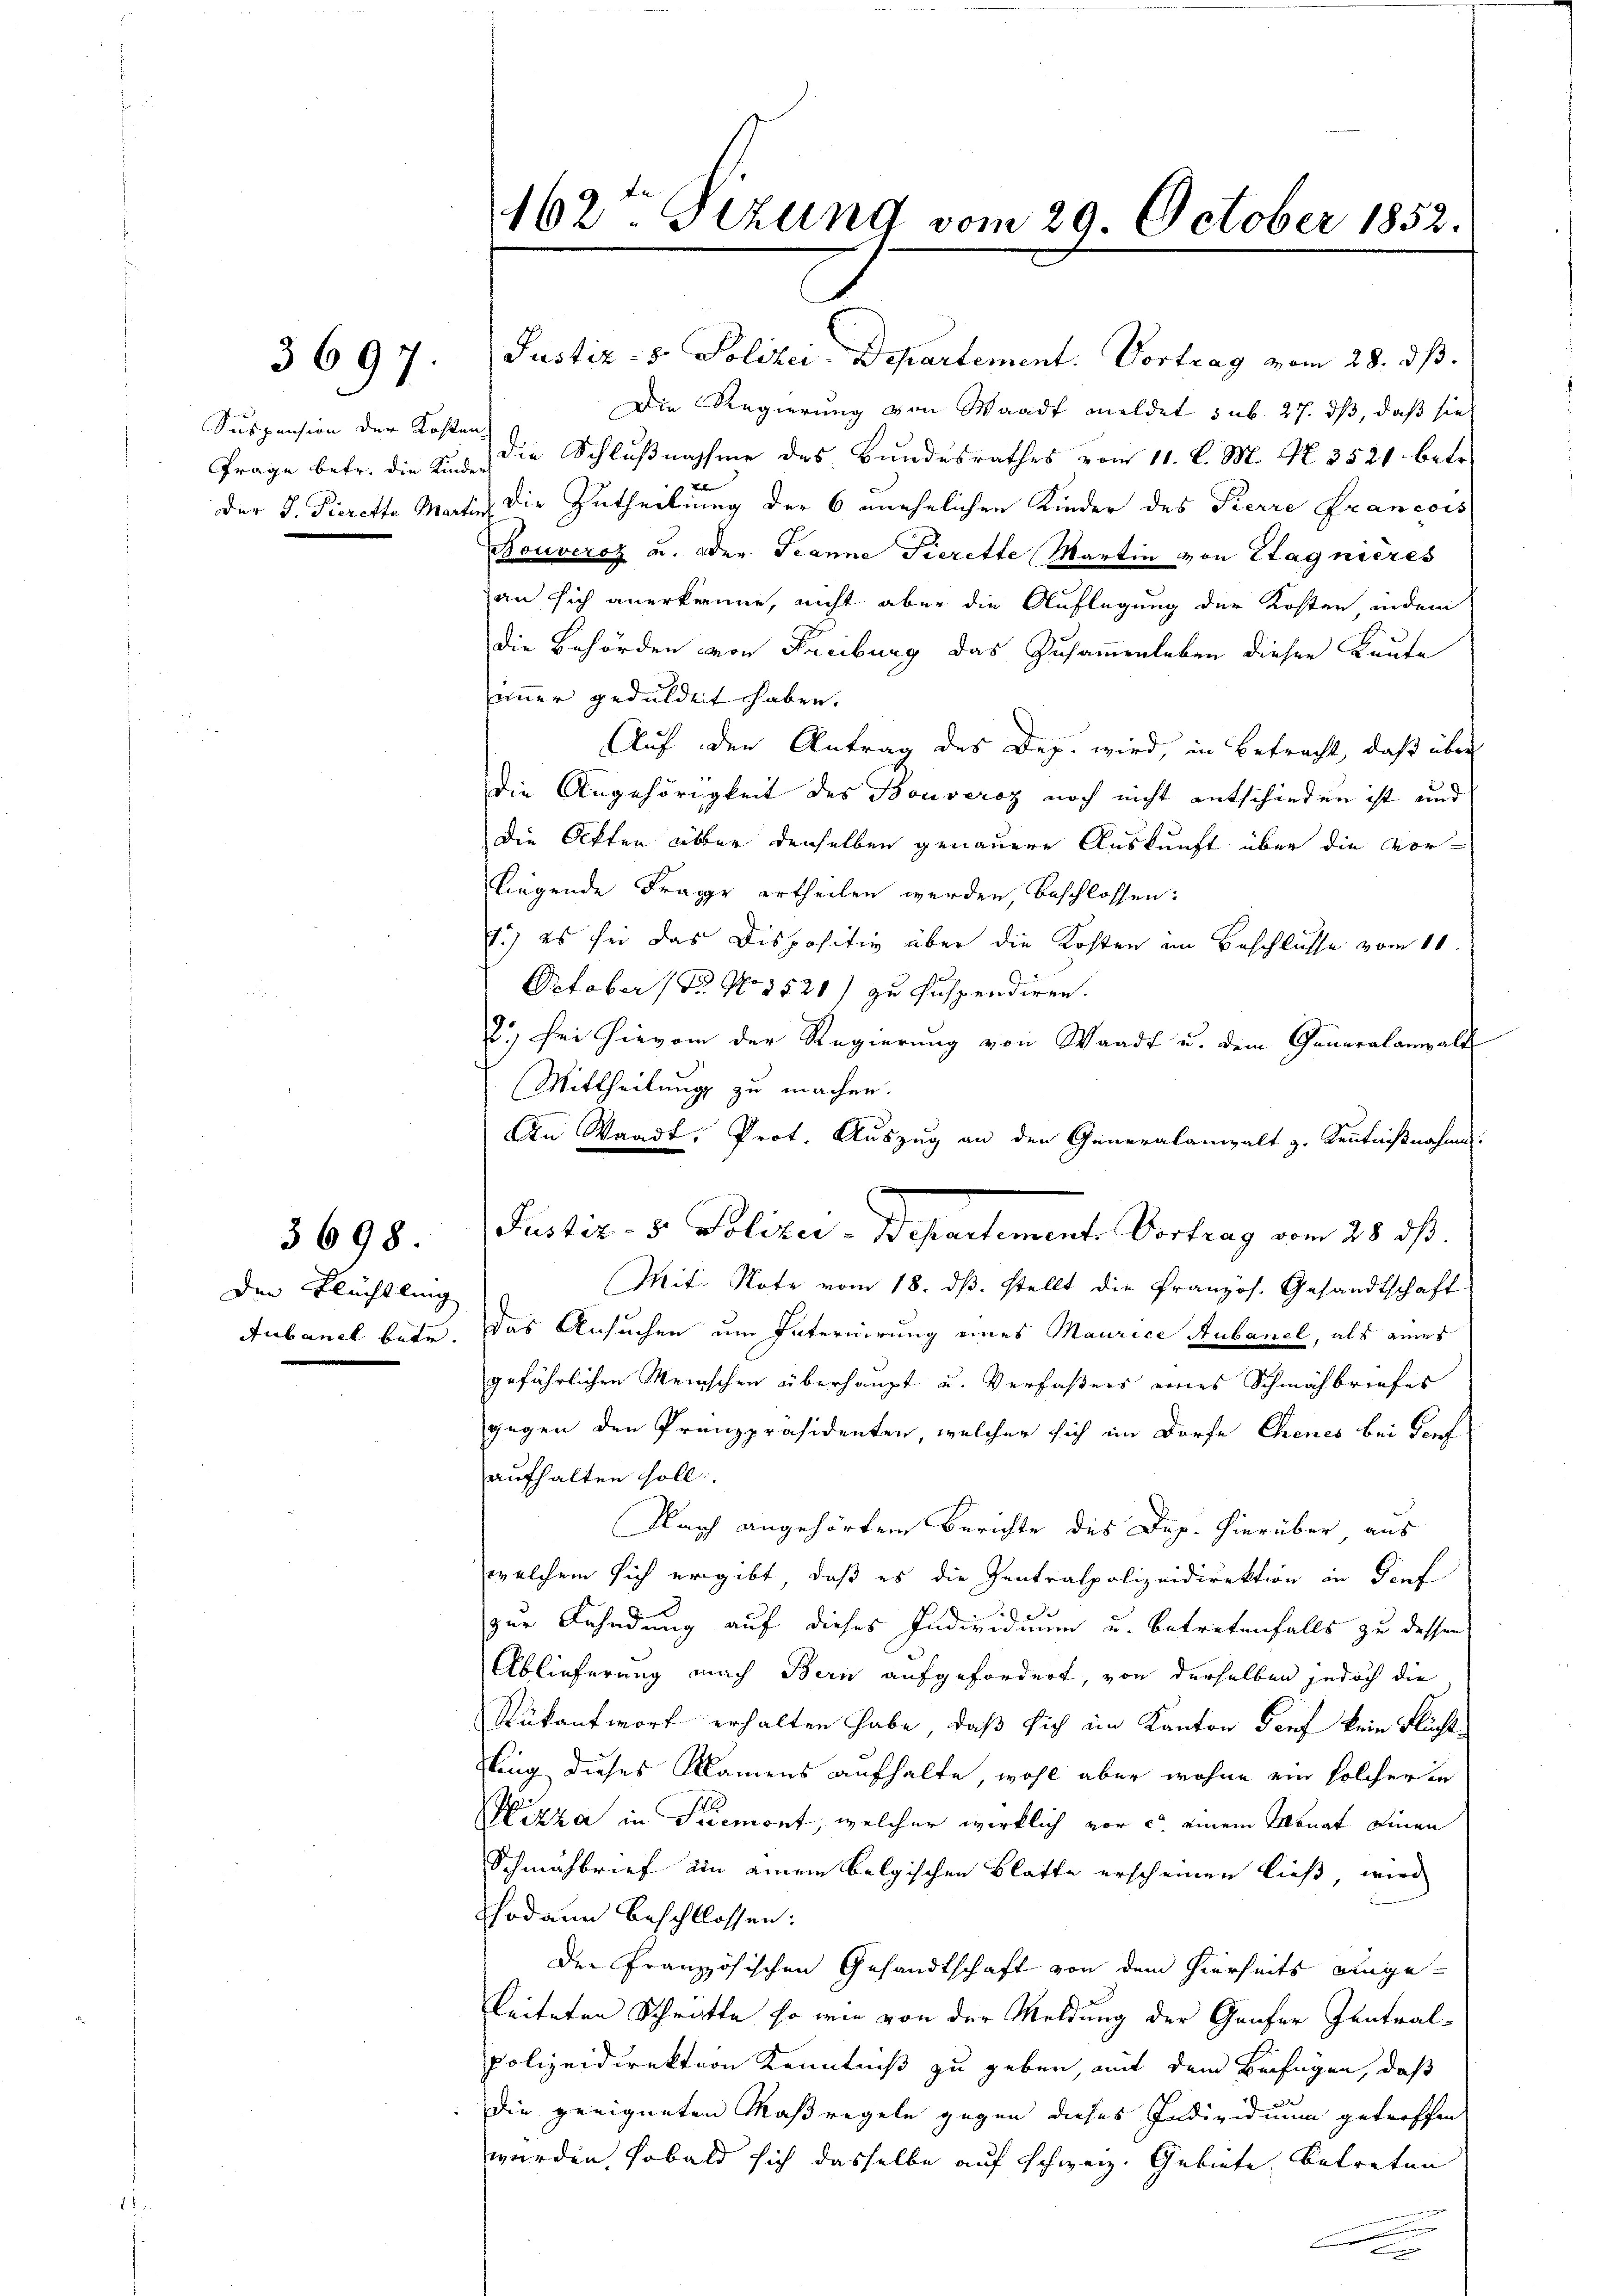
3697.

Suspension der Kosten

3698

den Flüchtling

162. Sizung vom 29. October 1852.

Frage betr. die aus die Schlußnahme des Bundesrathes vom 11. l. M. Nr. 3521 betr.
Werker
der J. Tierette Martin die Zutheilung der 6 unehelichen Kinder des Pierre Francois
iimer geduldet haben.
liegende Frage ertheilen werden, beschlossen:
1.) es sei das Dispositiv über die Kosten im Beschlüsse vom 11
October (Dr. No. 3521) zu suspendiren.
2.) bei hievon der Regierung von Waadt u. dem Generalanwalt
Mittheilung zu machen.
An Waadt, Prot. Auszug an den Generalanwalt z. Kenntnißnahmen:
Mit Note vom 18. dβ. stellt die französ. Gesandtschaft
Aubanel betr. Das Ansuchen um Internirung eines Maurice Aubanel, als eines
gefährlichen Meinschen überhaupt u. Verfaßers eines Schmähbriefes
gegen den Pranzpräsidenten, welcher sich im Dorfe Chenes bei Torf
aufhalten soll.
Flach angehörten Berichte des Dap. hierüber aus
welchem sich ergibt, daß es die Zentralpolizeidirektion in Genf
e
zur Fahndung auf dieses Individuum u. betretenfalls zu dessen
Ablieferung nach Bern aufgefordert, von derselben jedoch die
Rükantworf erhalten habe, daß sich im Kanton Dorf kein Flüchtfling dieses Namens aufhalte, wohl aber wohne ein solcher in
izza in Tremont, welcher wirklich vor c. einem Monat einen
Schmähbrief ein einem belgischen Blatte erscheinen ließ, wird
hodann beschlossen:
Der französischen Gesandtschaft von dem hierseits eingebleiteten Schritte so wie von der Meldung der Genfer Zentral-
Polizeidirektion Kenntniß zu geben, mit dem Beifügen, daß
die geeigneten Maßregeln gegen dieses Individuum getroffen
wurden, sobald sich dasselbe auf schweiz. Gebiete betreten
.

Justiz- & Polizei-Departement. Vortrag vom 28. ds.

Justiz- & Polizei-Departement. Vortrag vom 28. dß.
Die Regierung von Waadt meldet sub. 27. ds, daß sie
Bouveroz u. der Jeanne Tierette Martin von Stagnières
an sich anerkenne, nicht aber die Auflegung der Kosten, indem
die Behörden von Freiburg das Zusammenleben diesen Kaute
Auf den Antrag des Dep. wird, in Betracht, daß über
die Angehörigkeit des Bouveroz noch nicht entschieden ist und
die Akten über denselben genauere Auskunft über die vor¬